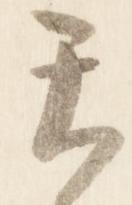
天